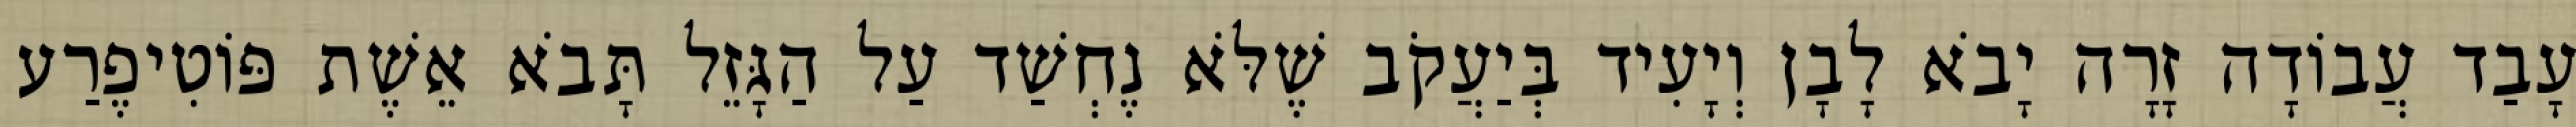
עָבַד עֲבוֹדָה זָרָה יָבֹא לָבָן וְיָעִיד בְּיַעֲקֹב שֶׁלֹּא נֶחְשַׁד עַל הַגָּזֵל תָּבֹא אֵשֶׁת פּוֹטִיפֶרַע